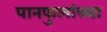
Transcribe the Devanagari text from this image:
पानफुलांच्या